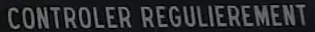
CONTROLER REGULIEREMENT